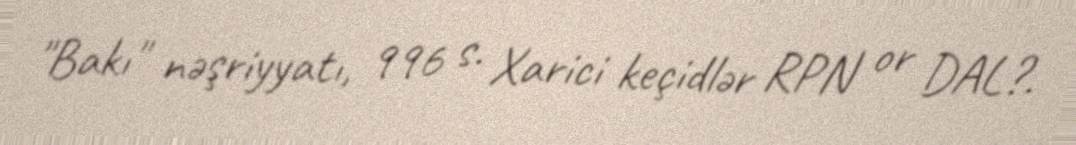
"Bakı" nəşriyyatı, 996 s. Xarici keçidlər RPN or DAL?.